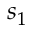
s _ { 1 }